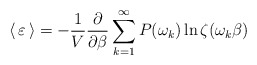
\begin{align*}\langle\,\varepsilon\,\rangle=-\frac{1}{V}\frac{\partial}{\partial\beta}\sum_{k=1}^{\infty}P(\omega_{k})\ln\zeta(\omega_{k}\beta)\end{align*}